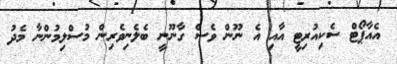
އެއާޕޯޓް ސެކިއުރިޓީ އާއި އެ ނޫން ވެސް ގާނޫނީ ބެލެނިވެރިން މުސްލިމުންނާ މެދު